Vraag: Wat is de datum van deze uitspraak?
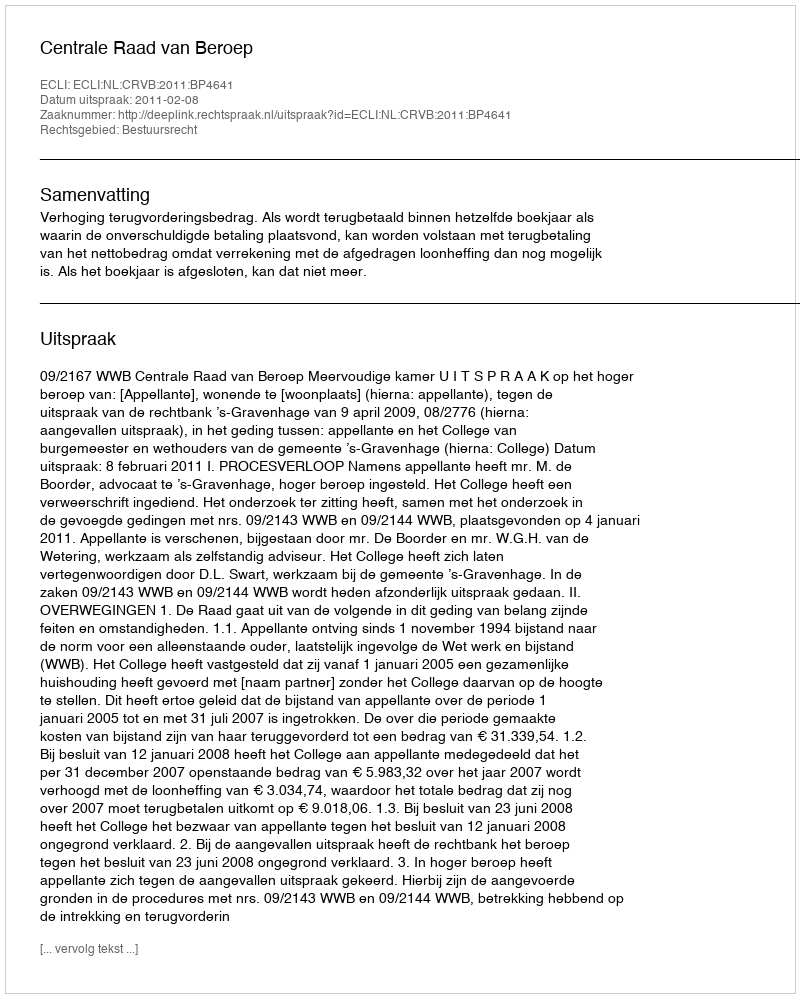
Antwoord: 2011-02-08